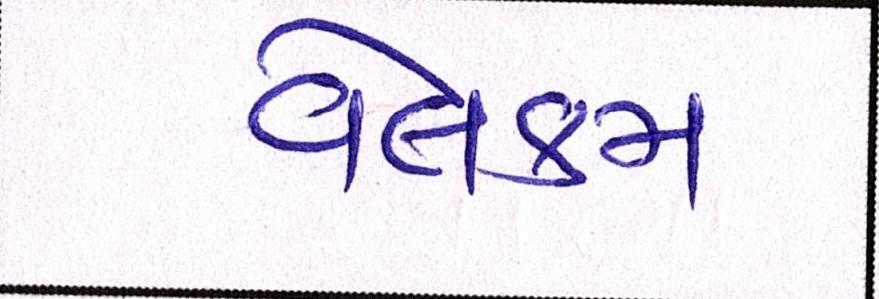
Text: વેલકમ